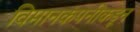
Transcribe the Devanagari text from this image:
विमानकंपनीकडून